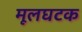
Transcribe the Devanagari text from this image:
मूलघटक